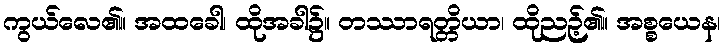
ကွယ်လေ၏။ အထခေါ၊ ထိုအခါ၌။ တဿာရတ္တိယာ၊ ထိုညဉ့်၏။ အစ္စယေန၊